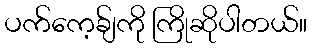
ပက်ကေ့ခ်ျကို ကြိုဆိုပါတယ်။